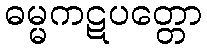
ဓမ္မကဋပတ္တော